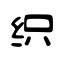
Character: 织